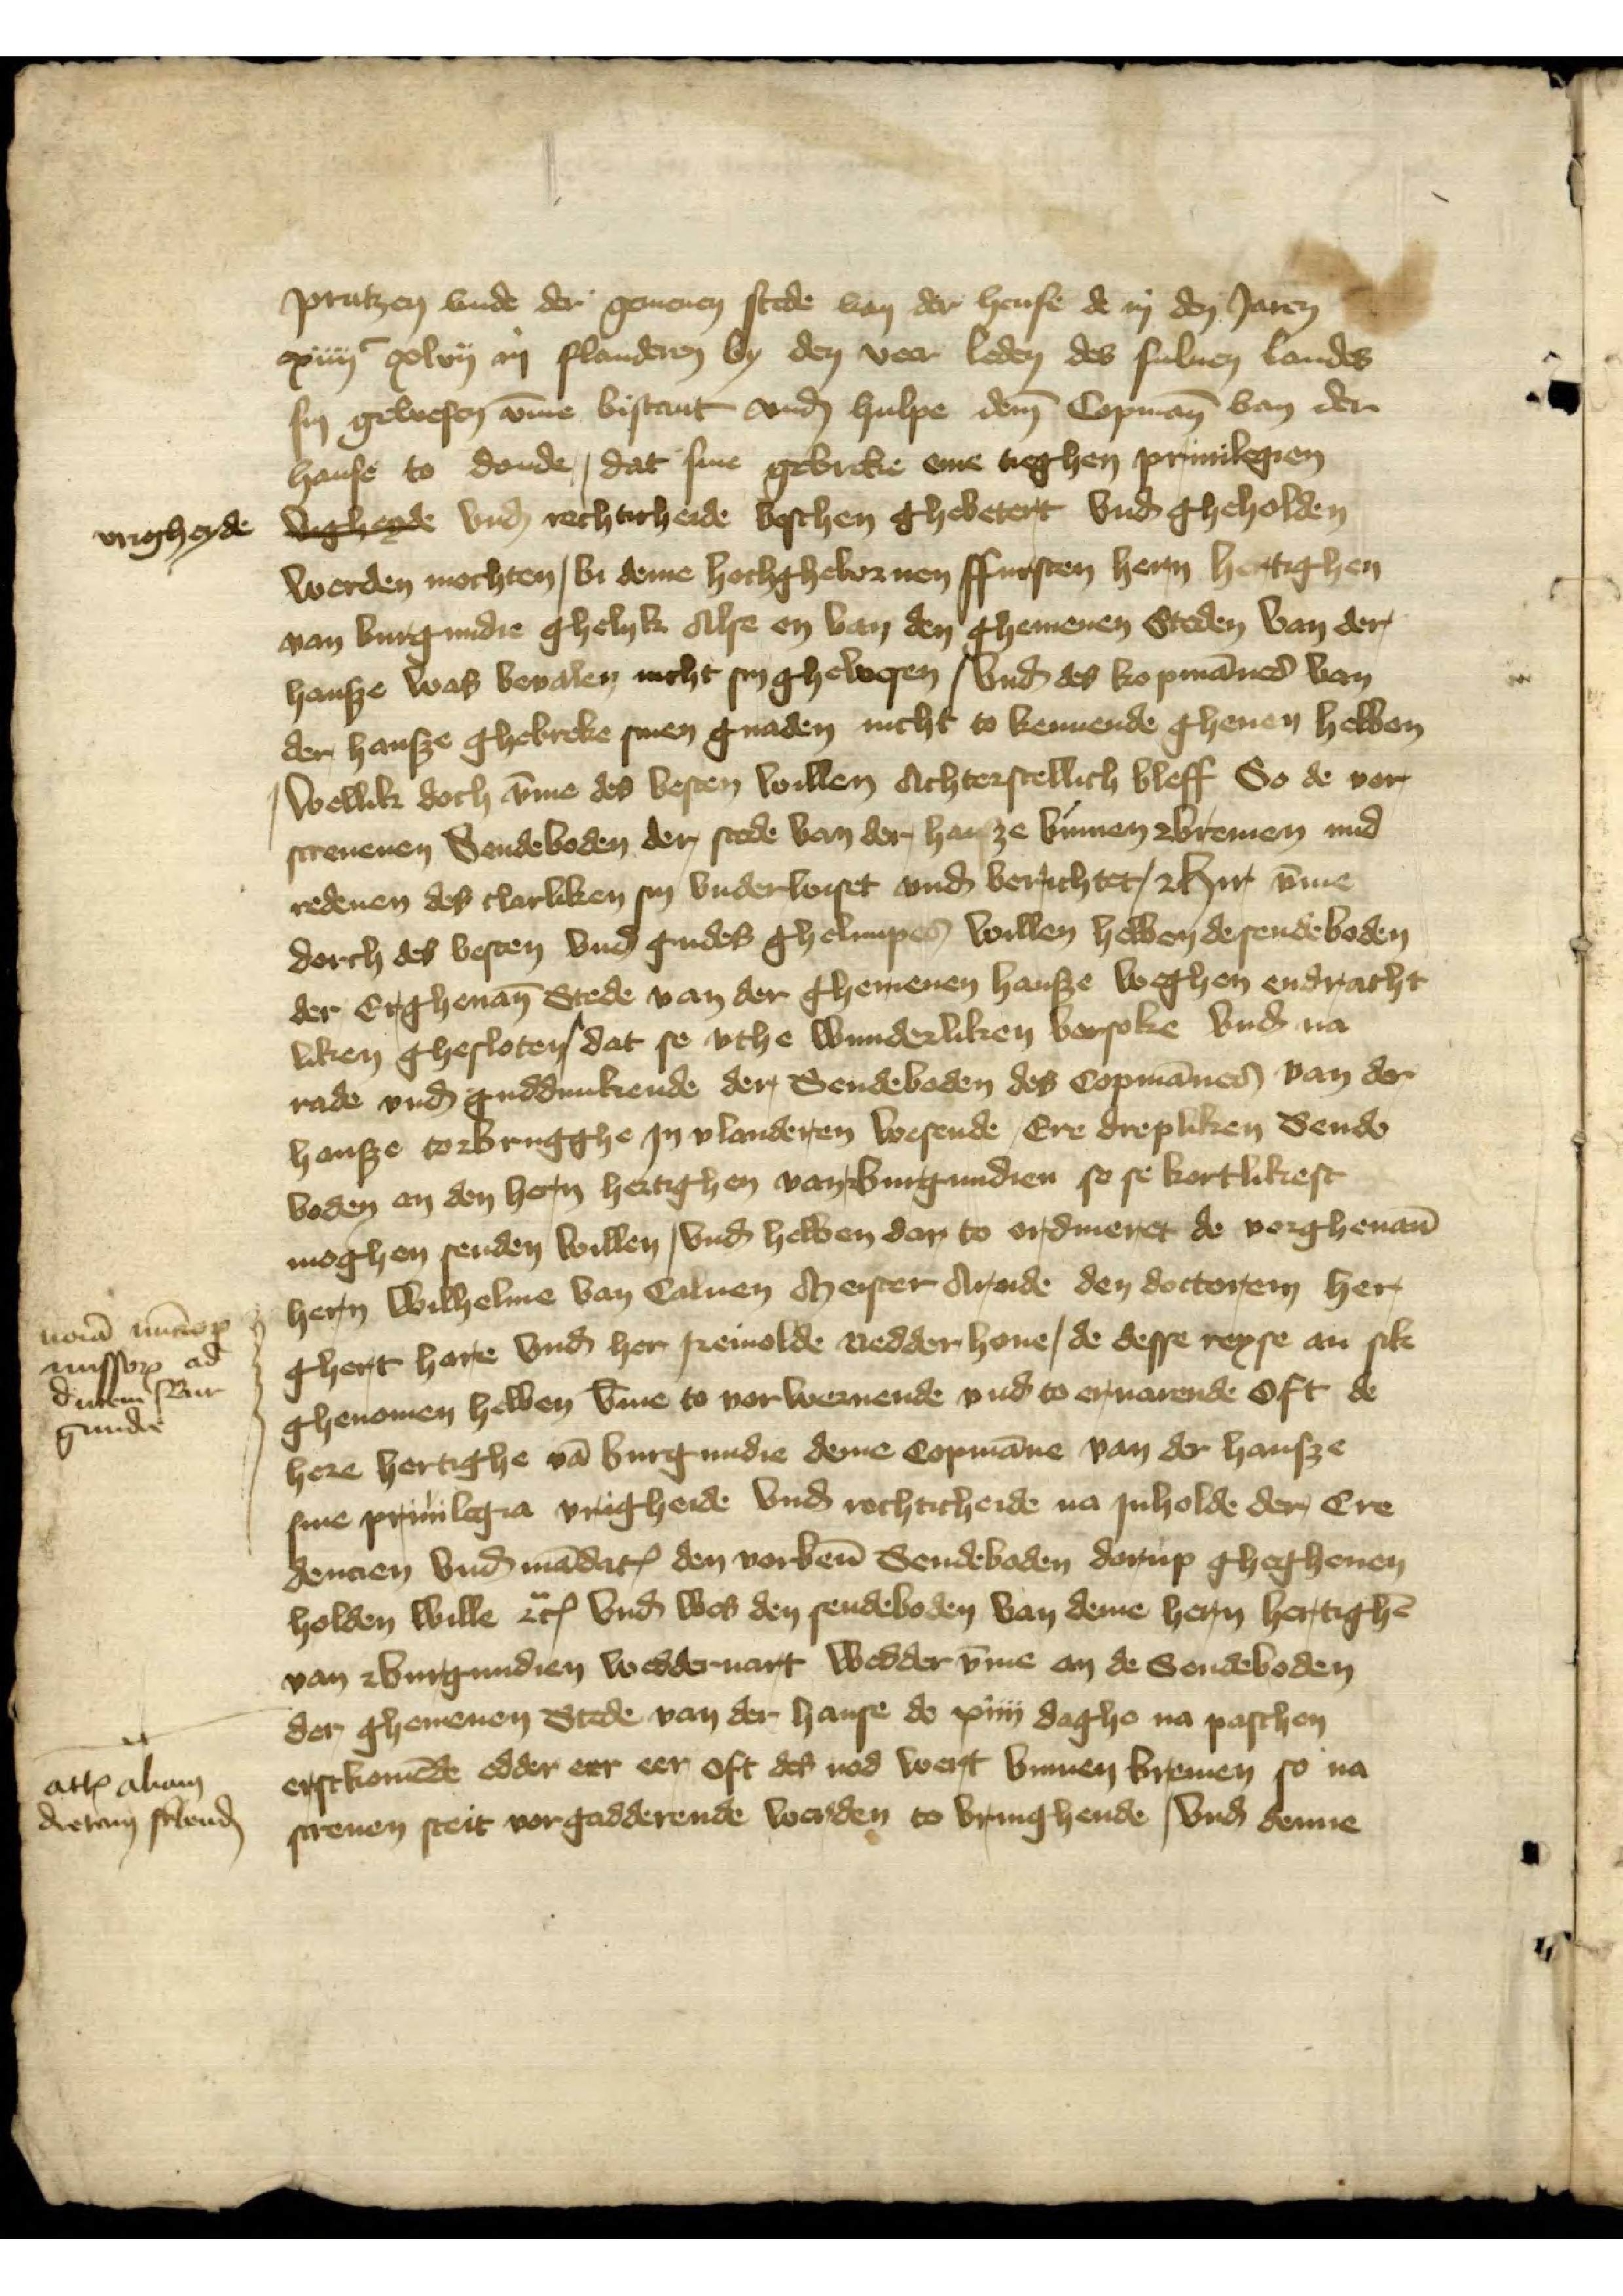
Prutzen vnde der gemenen stede van der hense de in den Jaren
xiiijc xlvij in Flanderen by den veer leden des suluen landes
sin gewesen vmme bistant vnd hulpe deme Copmann van der
hanse to donde, dat sine gebreke eme tieghen priuilegien
vrigheyde vigheyde vnd rechticheide beschen ghebetert vnd gheholden
werden mochten, bi deme hochghebornen ffursten hern hertighen
van Burgundie ghelyk Alse en van den ghemenen Steden van der
hansze was bevalen nicht sin ghewesen, und des kopmannes van
der hansze ghebreke sinen gnaden nicht to kennende gheuen hebben
, Wellik doch vmme des besten willen Achterstellich bleff, So de vor¬
screuenen Sendeboden der stede van der hansze binnen Bremen mid
redenen des clarliken sin vnderwiset und berichtet, Hir vmme
dorch des besten vnd gudes ghelimpes willen hebben de sendeboden
de Erghenanten Stede van der ghemenen hansze weghen endracht¬
liken ghesloten, dat se vthe wunderliken versoke vnd na
rade vnd guddunkende der Sendebaden des Copmannes van der
hansze to Brugghe Jn Vlanderen wesende Ere drepliken Sende¬
boden an den hern hertighen van Burgundien so se kortlikest
moghen senden willen, vnd hebben dar to ordineret de vorghenanten
hern Wilhelme van Caluen Meister Arende den doctorem her
Ghert Hare vnd her Reinolde Nedderhoue, de desse reyse an sik
ghenomen hebben vmme to vorwernende vnd to eruarende Oft de
here hertighe van Burgundie deme Copmanne van der hansze
sine priuilegia vrigheide vnd rechticheide na Jnholde der Cre¬
dencien vnd mandaten den vorbenanten Sendeboden darup ghegheuen
holden wille etcetera vnd wes den sendeboden van deme hern hertighen
van Burgundien wedderuart weddervmme an de sendeboden

der ghemenen Stede van der hanse de xiiii daghe na paschen

erstkomende edder err eer oft des nod wert binnen Bremen so na¬
screuen steit vorgadderende werden to bringhende, und denne

noiā nurorꝬ
missorꝬ ad
ducem Bur¬
gundie

atlꝬ aliam
dietam sklend